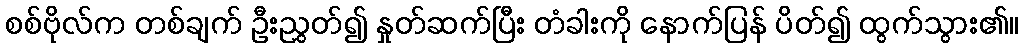
စစ်ဗိုလ်က တစ်ချက် ဦးညွှတ်၍ နှုတ်ဆက်ပြီး တံခါးကို နောက်ပြန် ပိတ်၍ ထွက်သွား၏။